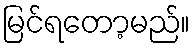
မြင်ရတော့မည်။